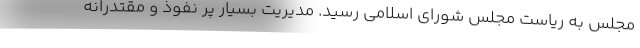
مجلس به ریاست مجلس شورای اسلامی رسید. مدیریت بسیار پر نفوذ و مقتدرانه